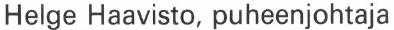
Helge Haavisto, puheenjohtaja